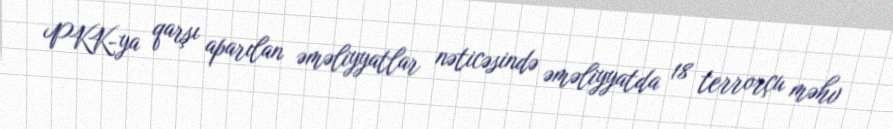
PKK-ya qarşı aparılan əməliyyatlar nəticəsində əməliyyatda 18 terrorçu məhv